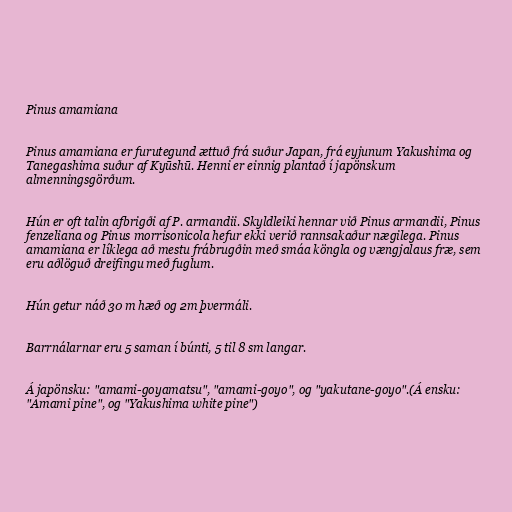
Pinus amamiana

Pinus amamiana er furutegund ættuð frá suður Japan, frá eyjunum Yakushima og
Tanegashima suður af Kyūshū. Henni er einnig plantað í japönskum
almenningsgörðum.

Hún er oft talin afbrigði af P. armandii. Skyldleiki hennar við Pinus armandii, Pinus
fenzeliana og Pinus morrisonicola hefur ekki verið rannsakaður nægilega. Pinus
amamiana er líklega að mestu frábrugðin með smáa köngla og vængjalaus fræ, sem
eru aðlöguð dreifingu með fuglum.

Hún getur náð 30 m hæð og 2m þvermáli.

Barrnálarnar eru 5 saman í búnti, 5 til 8 sm langar.

Á japönsku: "amami-goyamatsu", "amami-goyo", og "yakutane-goyo".(Á ensku:
"Amami pine", og "Yakushima white pine")